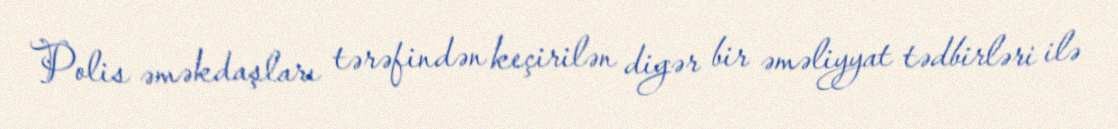
Polis əməkdaşları tərəfindən keçirilən digər bir əməliyyat tədbirləri ilə